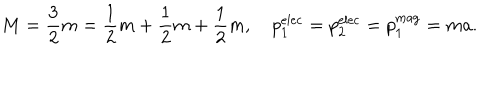
LaTeX: M = { \frac { 3 } { 2 } } m = { \frac { 1 } { 2 } } m + { \frac { 1 } { 2 } } m + { \frac { 1 } { 2 } } m , p _ { 1 } ^ { \mathrm { e l e c } } = p _ { 2 } ^ { \mathrm { e l e c } } = p _ { 1 } ^ { \mathrm { m a g } } = m a .